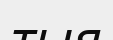
тыя